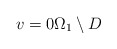
\begin{align*}v = 0 \Omega_{1} \setminus D\end{align*}